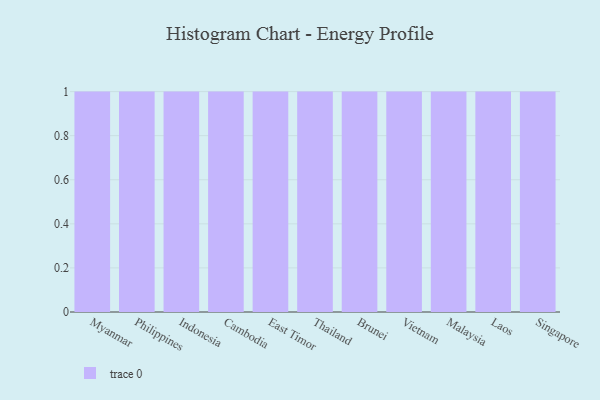
{"axis": {"x": "Country", "y": "Market Share (%)"}, "legend": [""], "data": [{"x": "Myanmar", "y": 53, "type": ""}, {"x": "Philippines", "y": 86, "type": ""}, {"x": "Indonesia", "y": 43, "type": ""}, {"x": "Cambodia", "y": 3, "type": ""}, {"x": "East Timor", "y": 31, "type": ""}, {"x": "Thailand", "y": 18, "type": ""}, {"x": "Brunei", "y": 89, "type": ""}, {"x": "Vietnam", "y": 85, "type": ""}, {"x": "Malaysia", "y": 54, "type": ""}, {"x": "Laos", "y": 36, "type": ""}, {"x": "Singapore", "y": 8, "type": ""}]}